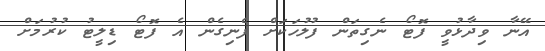
އޭނާ ވިދާޅުވީ ފޮޓޯ ނެގިތަން ފުލުހަކަށް ފެނިގެން އެ ފޮޓޯ ޑިލީޓު ކުރުމަށް